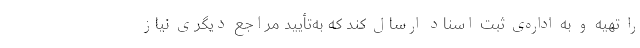
را تهیه و به اداره‌ی ثبت اسناد ارسال کند که به‌تأیید مراجع دیگری نیاز